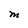
Character: M